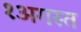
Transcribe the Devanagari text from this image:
१अगस्त